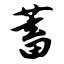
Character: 蓄